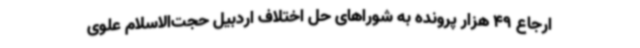
ارجاع 49 هزار پرونده به شوراهای حل اختلاف اردبیل حجت‌الاسلام علوی